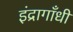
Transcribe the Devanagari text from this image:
इंद्रागाँधी